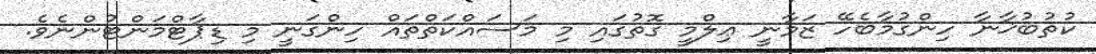
ކުތުބުޚާނާ ހިންގުމާބެހޭ ޒަމާނީ ޢިލްމީ ގޮތުގައި މި މަސައްކަތްތައް ހިންގަނީ މި ޑިޕާޓްމަންޓުންނެވެ.